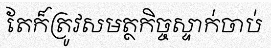
តែក៏ត្រូវសមត្ថកិច្ចស្ទាក់ចាប់